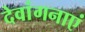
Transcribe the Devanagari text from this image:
देवांगनाएं